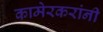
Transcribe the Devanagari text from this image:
कामेरकरांनी